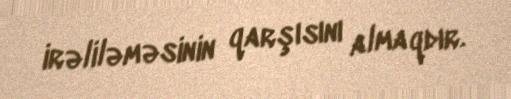
irəliləməsinin qarşısını almaqdır.